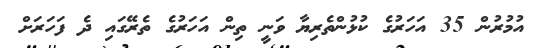
އުމުރުން 35 އަހަރުގެ ކުޅުންތެރިޔާ ވަނީ ތިން އަހަރުގެ ތެރޭގައި ދެ ފަހަރަށް